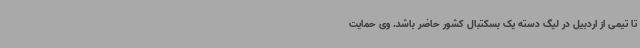
تا تیمی از اردبیل در لیگ دسته یک بسکتبال کشور حاضر باشد. وی حمایت